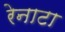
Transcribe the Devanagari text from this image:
रेनाटा